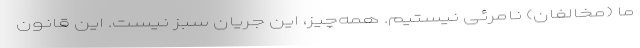
ما (مخالفان) نامرئی نیستیم. همه‌چیز، این جریان سبز نیست. این قانون